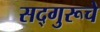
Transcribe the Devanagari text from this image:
सद्गुरूचे